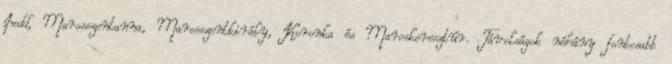
Jedd, Marosszentanna, Marosszentkirály, Koronka és Maroskeresztúr. Távolságok néhány fontosabb